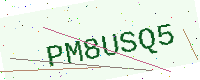
Text: PM8USQ5